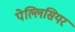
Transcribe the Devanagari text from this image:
पेल्लिसियर